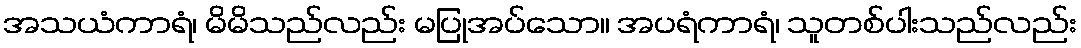
အသယံကာရံ၊ မိမိသည်လည်း မပြုအပ်သော။ အပရံကာရံ၊ သူတစ်ပါးသည်လည်း